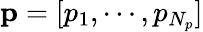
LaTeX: \mathbf{p}=[p_{1},\cdots,p_{N_{p}}]